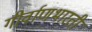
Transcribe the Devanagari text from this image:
गीर्वाणभारती